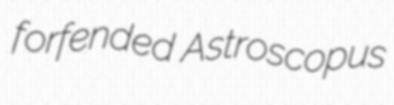
forfended Astroscopus